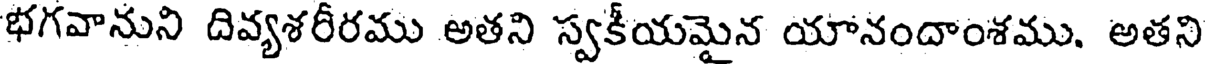
భగవానుని దివ్యశరీరము అతని స్వకీయమైన యానందాంశము. అతని